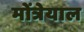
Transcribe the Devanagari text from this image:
मोंत्रेयाल